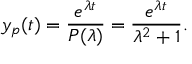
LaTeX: y _ { p } ( t ) = { \frac { e ^ { \lambda t } } { P ( \lambda ) } } = { \frac { e ^ { \lambda t } } { \lambda ^ { 2 } + 1 } } .